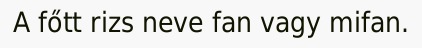
A főtt rizs neve fan vagy mifan.